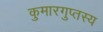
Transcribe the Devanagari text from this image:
कुमारगुप्तस्य